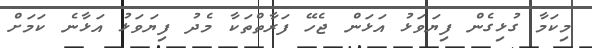
މިކަމާ ގުޅިގެން ފިޔަވަޅު އަޅަން ޖެހޭ ފަރާތްތަކާ މެދު ފިޔަވަޅު އަޅާނެ ކަމަށް